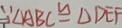
\because \Delta A B C \cong \Delta D E F